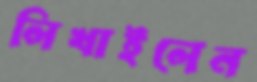
লিখাইলেন